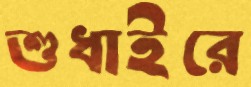
শুধাইরে